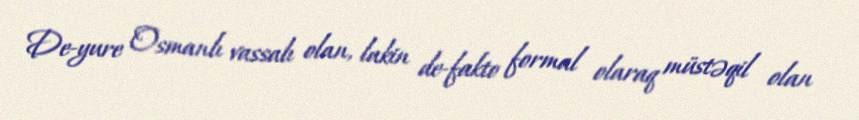
De-yure Osmanlı vassalı olan, lakin de-fakto formal olaraq müstəqil olan